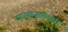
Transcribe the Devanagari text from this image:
ठाण्याजवळच्या